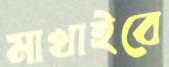
মাখাইবে